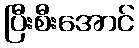
ပြီးစီးအောင်